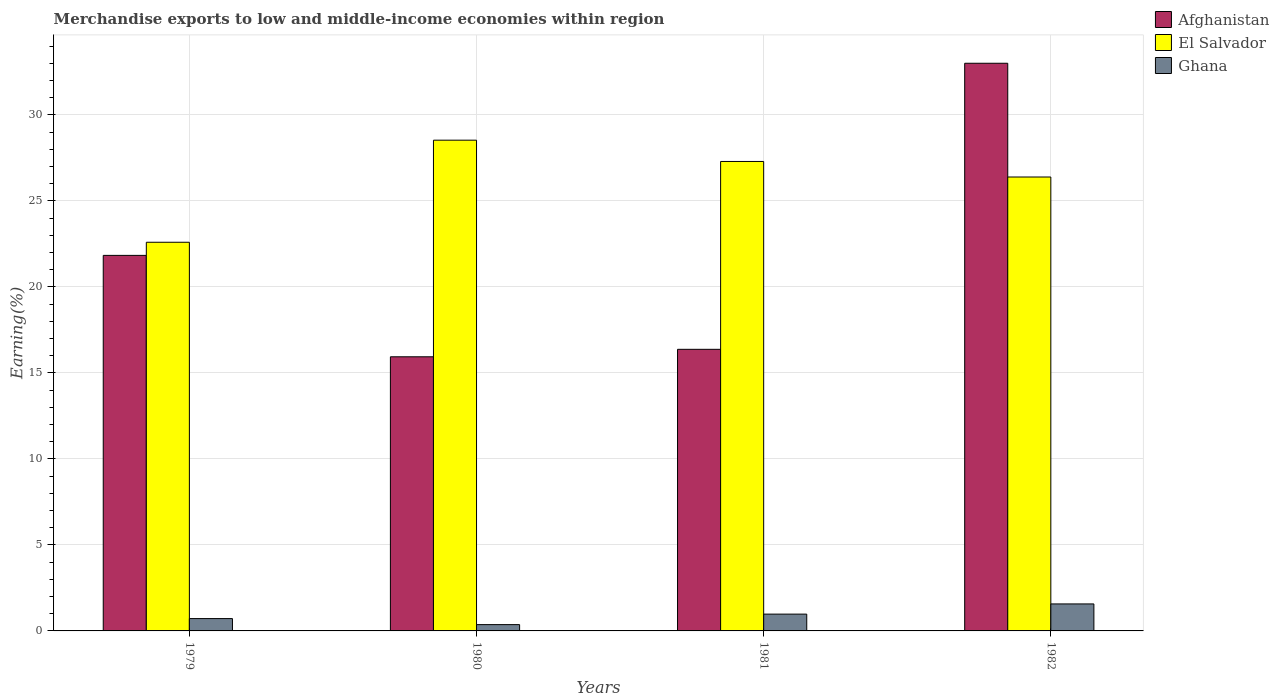
| Years | Afghanistan | El Salvador | Ghana |
 | --- | --- | --- | --- |
 | 1979 | 21.8 | 22.6 | 0.717 |
 | 1980 | 15.9 | 28.5 | 0.367 |
 | 1981 | 16.4 | 27.3 | 0.977 |
 | 1982 | 33 | 26.4 | 1.57 |